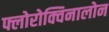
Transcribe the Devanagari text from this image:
फ्लोरोक्विनालोन